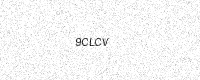
Text: 9CLCV